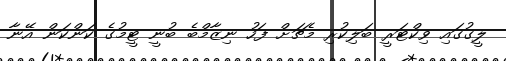
ލީގުގައި ވިކްޓަރީ ބަލިކުރި މެޗަށް ފަހު ނިޒާމްބެ ބުނީ ޓީމުގެ ކަންކަން އޭނާ